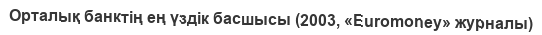
Орталық банктің ең үздік басшысы (2003, «Euromoney» журналы)